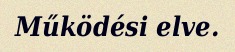
Működési elve.